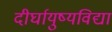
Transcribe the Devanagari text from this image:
दीर्घायुष्यविद्या